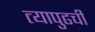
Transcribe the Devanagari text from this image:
त्यापुढची